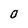
Character: 0